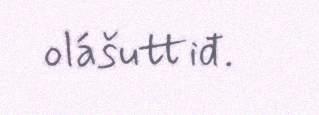
olášuttiđ.